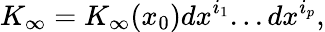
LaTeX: K_{\infty}=K_{\infty}(x_{0})dx^{i_{1}}...dx^{i_{p}},